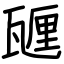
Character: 甅